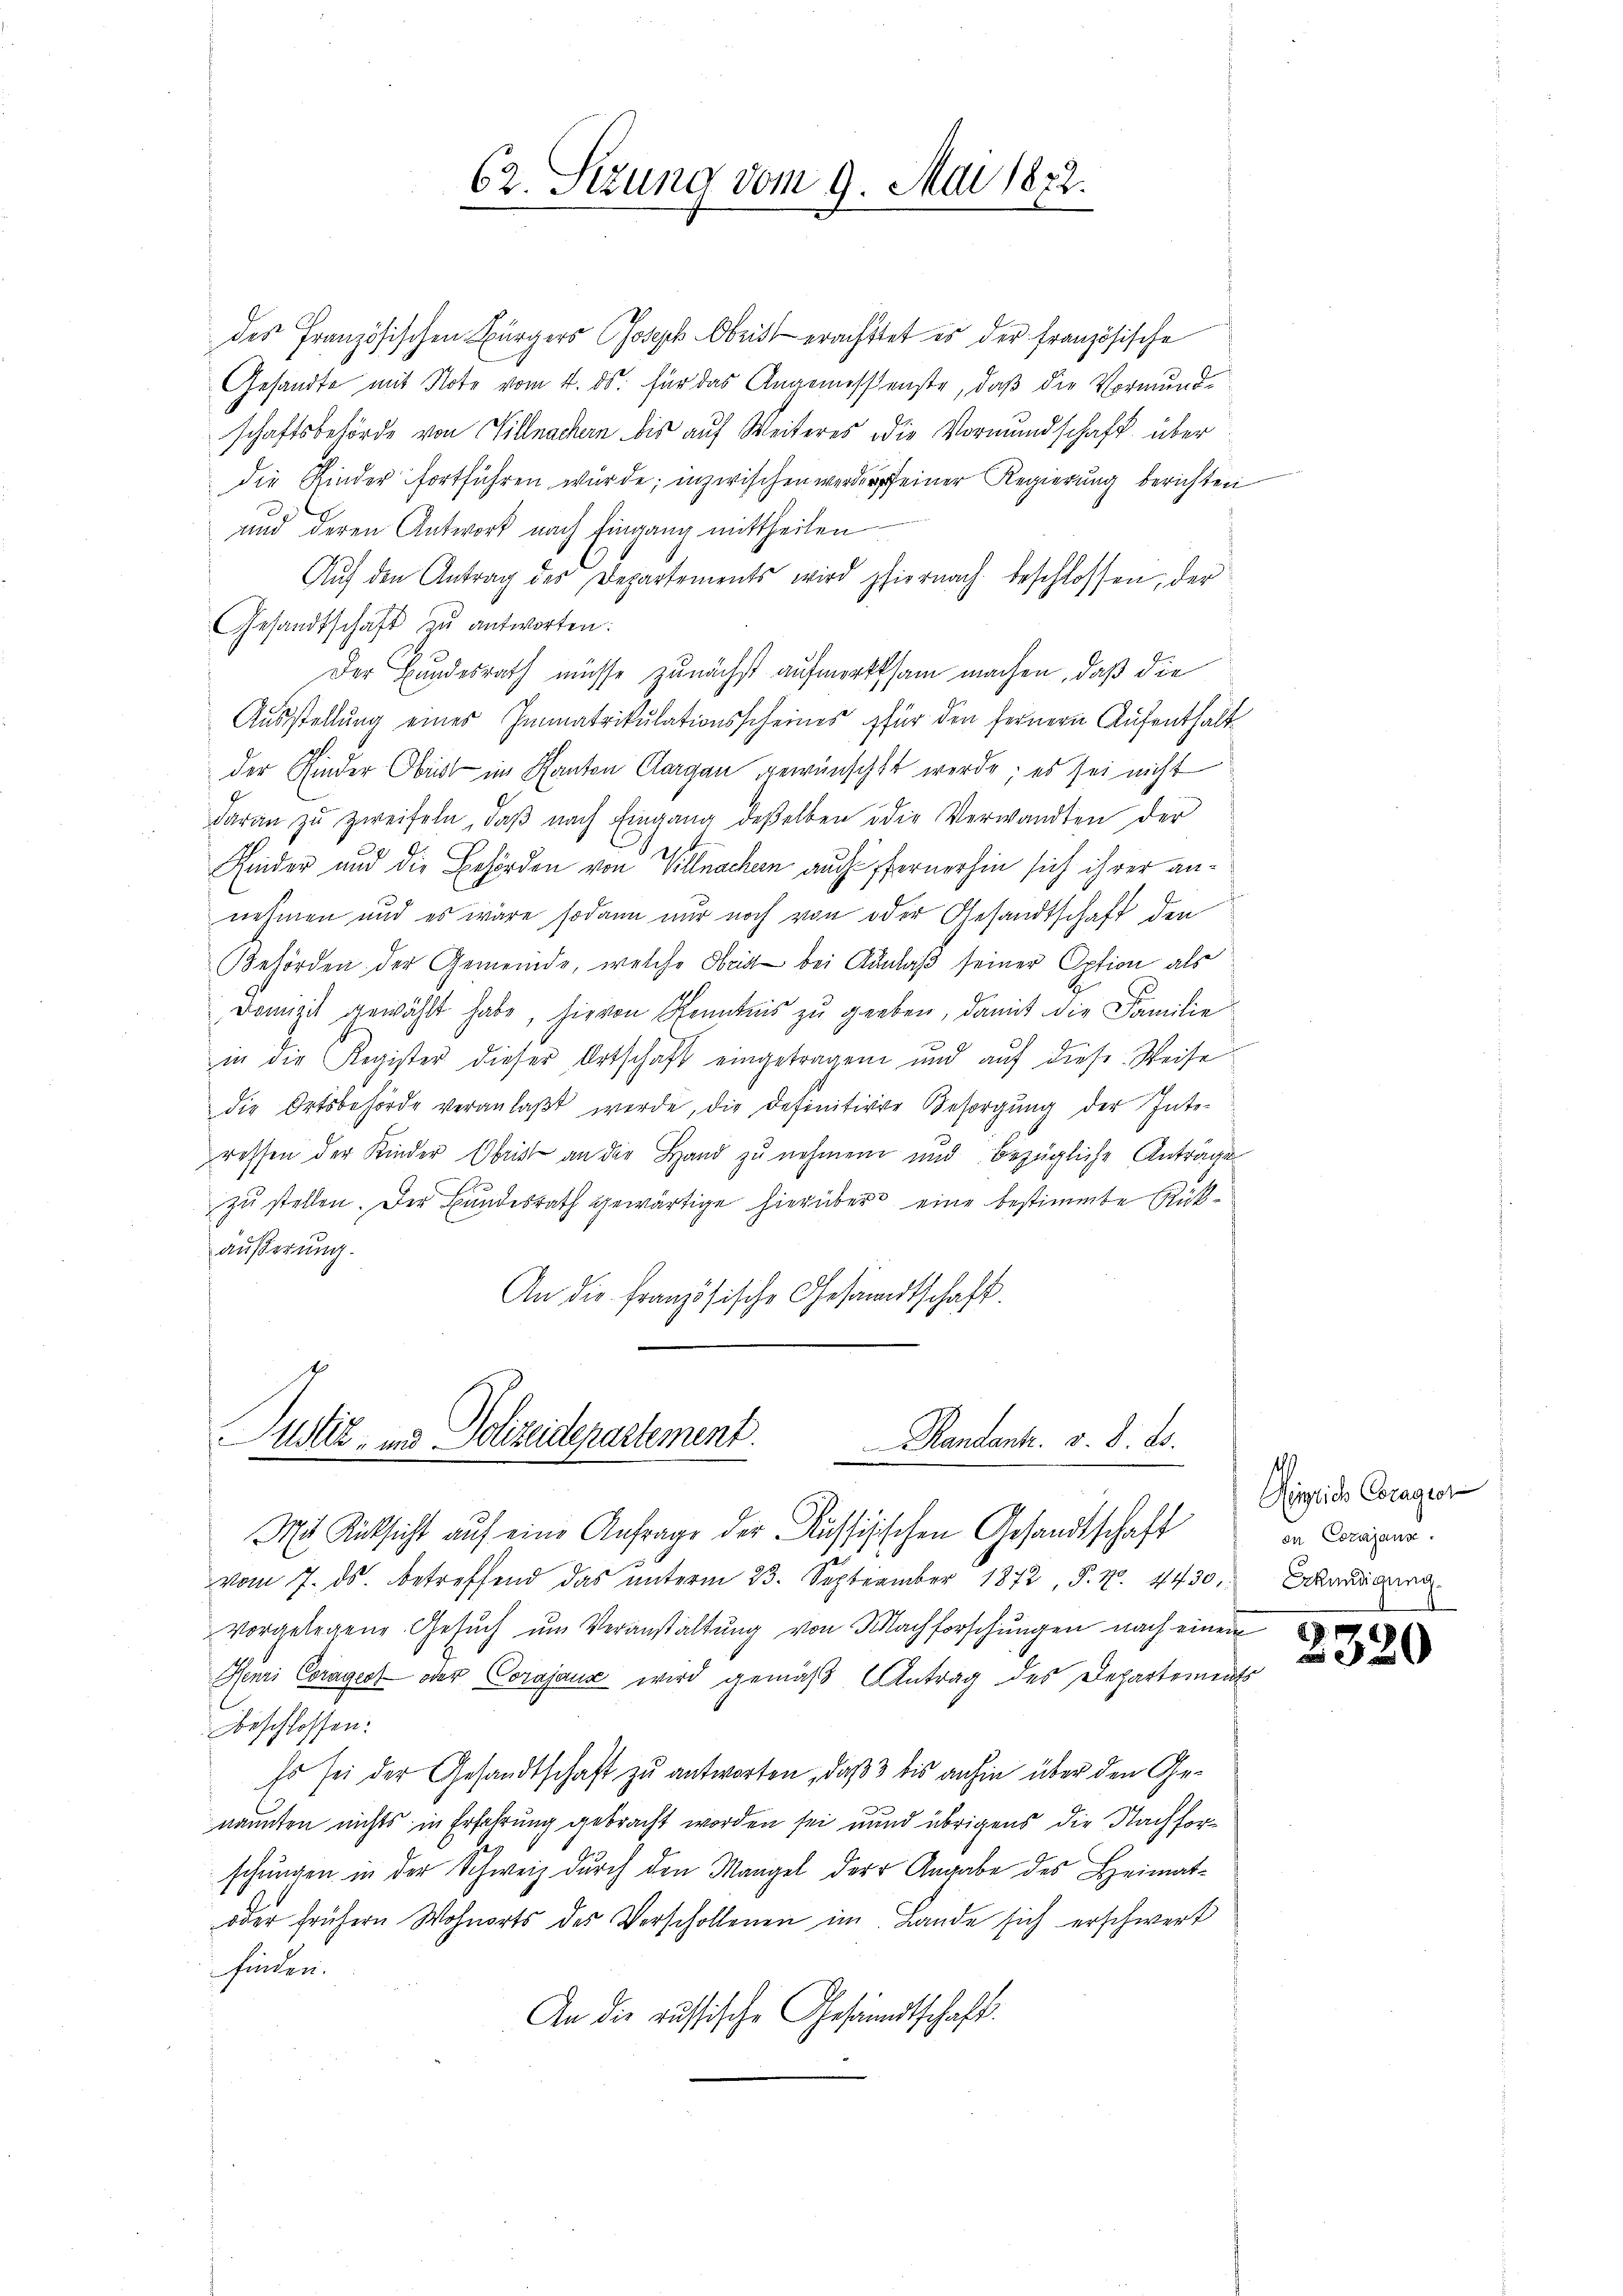
62. Setzung vom 9. Mai 1872.

Mit Rüksicht auf eine Anfrage der Aussisischen Gesandtschaft
vom 7. ds. betreffend das ŭnterm 23. September 1872, P. Nr. 4430,
vorgelegene Gesuch um Veranstaltung von Nachforschungen nach einen
Henri Corages oder Corajause wird gemäß Antrag des Departements
Beschlossen:
Es sei der Gesandtschaft zu antworten, daß 3 bis anhin über den Genannten nichts in Erfahrung gebracht worden sei und übrigens die Nachforschungen in der Schweiz durch den Mangel der Angabe des Heimat-
oder frühern Wohnorts des Verschollenen im Lande sich erschwert
finden.
An die russische Gesandtschaft.

Justiz- und Polizeidepartement. Randantz v. 8. ds.

des Französischen Bürgers Joseph Obrist erachttet es der französische
Gesandte mit Note vom 4. ds. für das Angemessenste, daß die Vormundschaftsbehörde von Villnachen bis auf Weiteres die Vormundschaft über
die Kinder fortführen wurde; inzwischen werden seiner Regierung berichten
und deren Antwort nach Eingang mittheilen
Aŭf den Antrag des Departements wird hiernach beschlossen, der
Gesandtschaft zu antworten:
Der Bundesrath müsse zunächst aufmerksam machen, daß die
Ausstellung eines Immatrikulationsscheines für den fernern Aufenthalt
der Kinder Obrist im Kanton Aargau gewünscht werde; es sei nicht
daran zŭ zweifeln, daβ nach Eingang deßelben die Verwandten der
Kinder und die Behörden von Villnachen auch fernerhin sich ihrer annehmen und es wäre sodann nur noch von oder Gesandtschaft den
Behörden der Gemeinde, welche Frist bei Anlaß seiner Option als
Domizil gewählt habe, hievon Kenntnis zu geeben, damit die Familie
in die Register dieser Ortschaft eingetragen und auf diese Weise
die Ortsbehörde veranlaβt werde, die Definitiver Besorgŭng der Inte-
ressen der Kinder Obrist an die Hand zu nehmen und bezügliche Antrage
zu stellen. Der Bundesrath gewärtige hierüber eine bestimmte Rückäußerung.
An die französische Gesandtschaft.

Heiglich Coraaror
en Cozajause.
Erkundigung.

2320